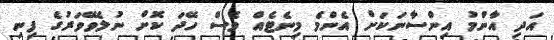
އަދި އާންމު އިންސާނަކަށް އެންމެ މިނެޓެއް ވެސް ހޭދަ ކޮށް ނުލެވޭވަރުގެ ފިނި